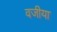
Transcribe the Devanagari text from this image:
वजीया